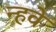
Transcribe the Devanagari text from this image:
न्हवे